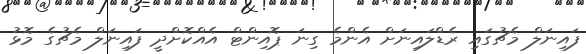
ފައިނަލް މެޗުގައި ރެޑްލައިނަށް އެންމެ ގިނަ ޕޮއިންޓް އެއްކޮށްދީ ފައިނަލް މެޗުގެ މޮޅު